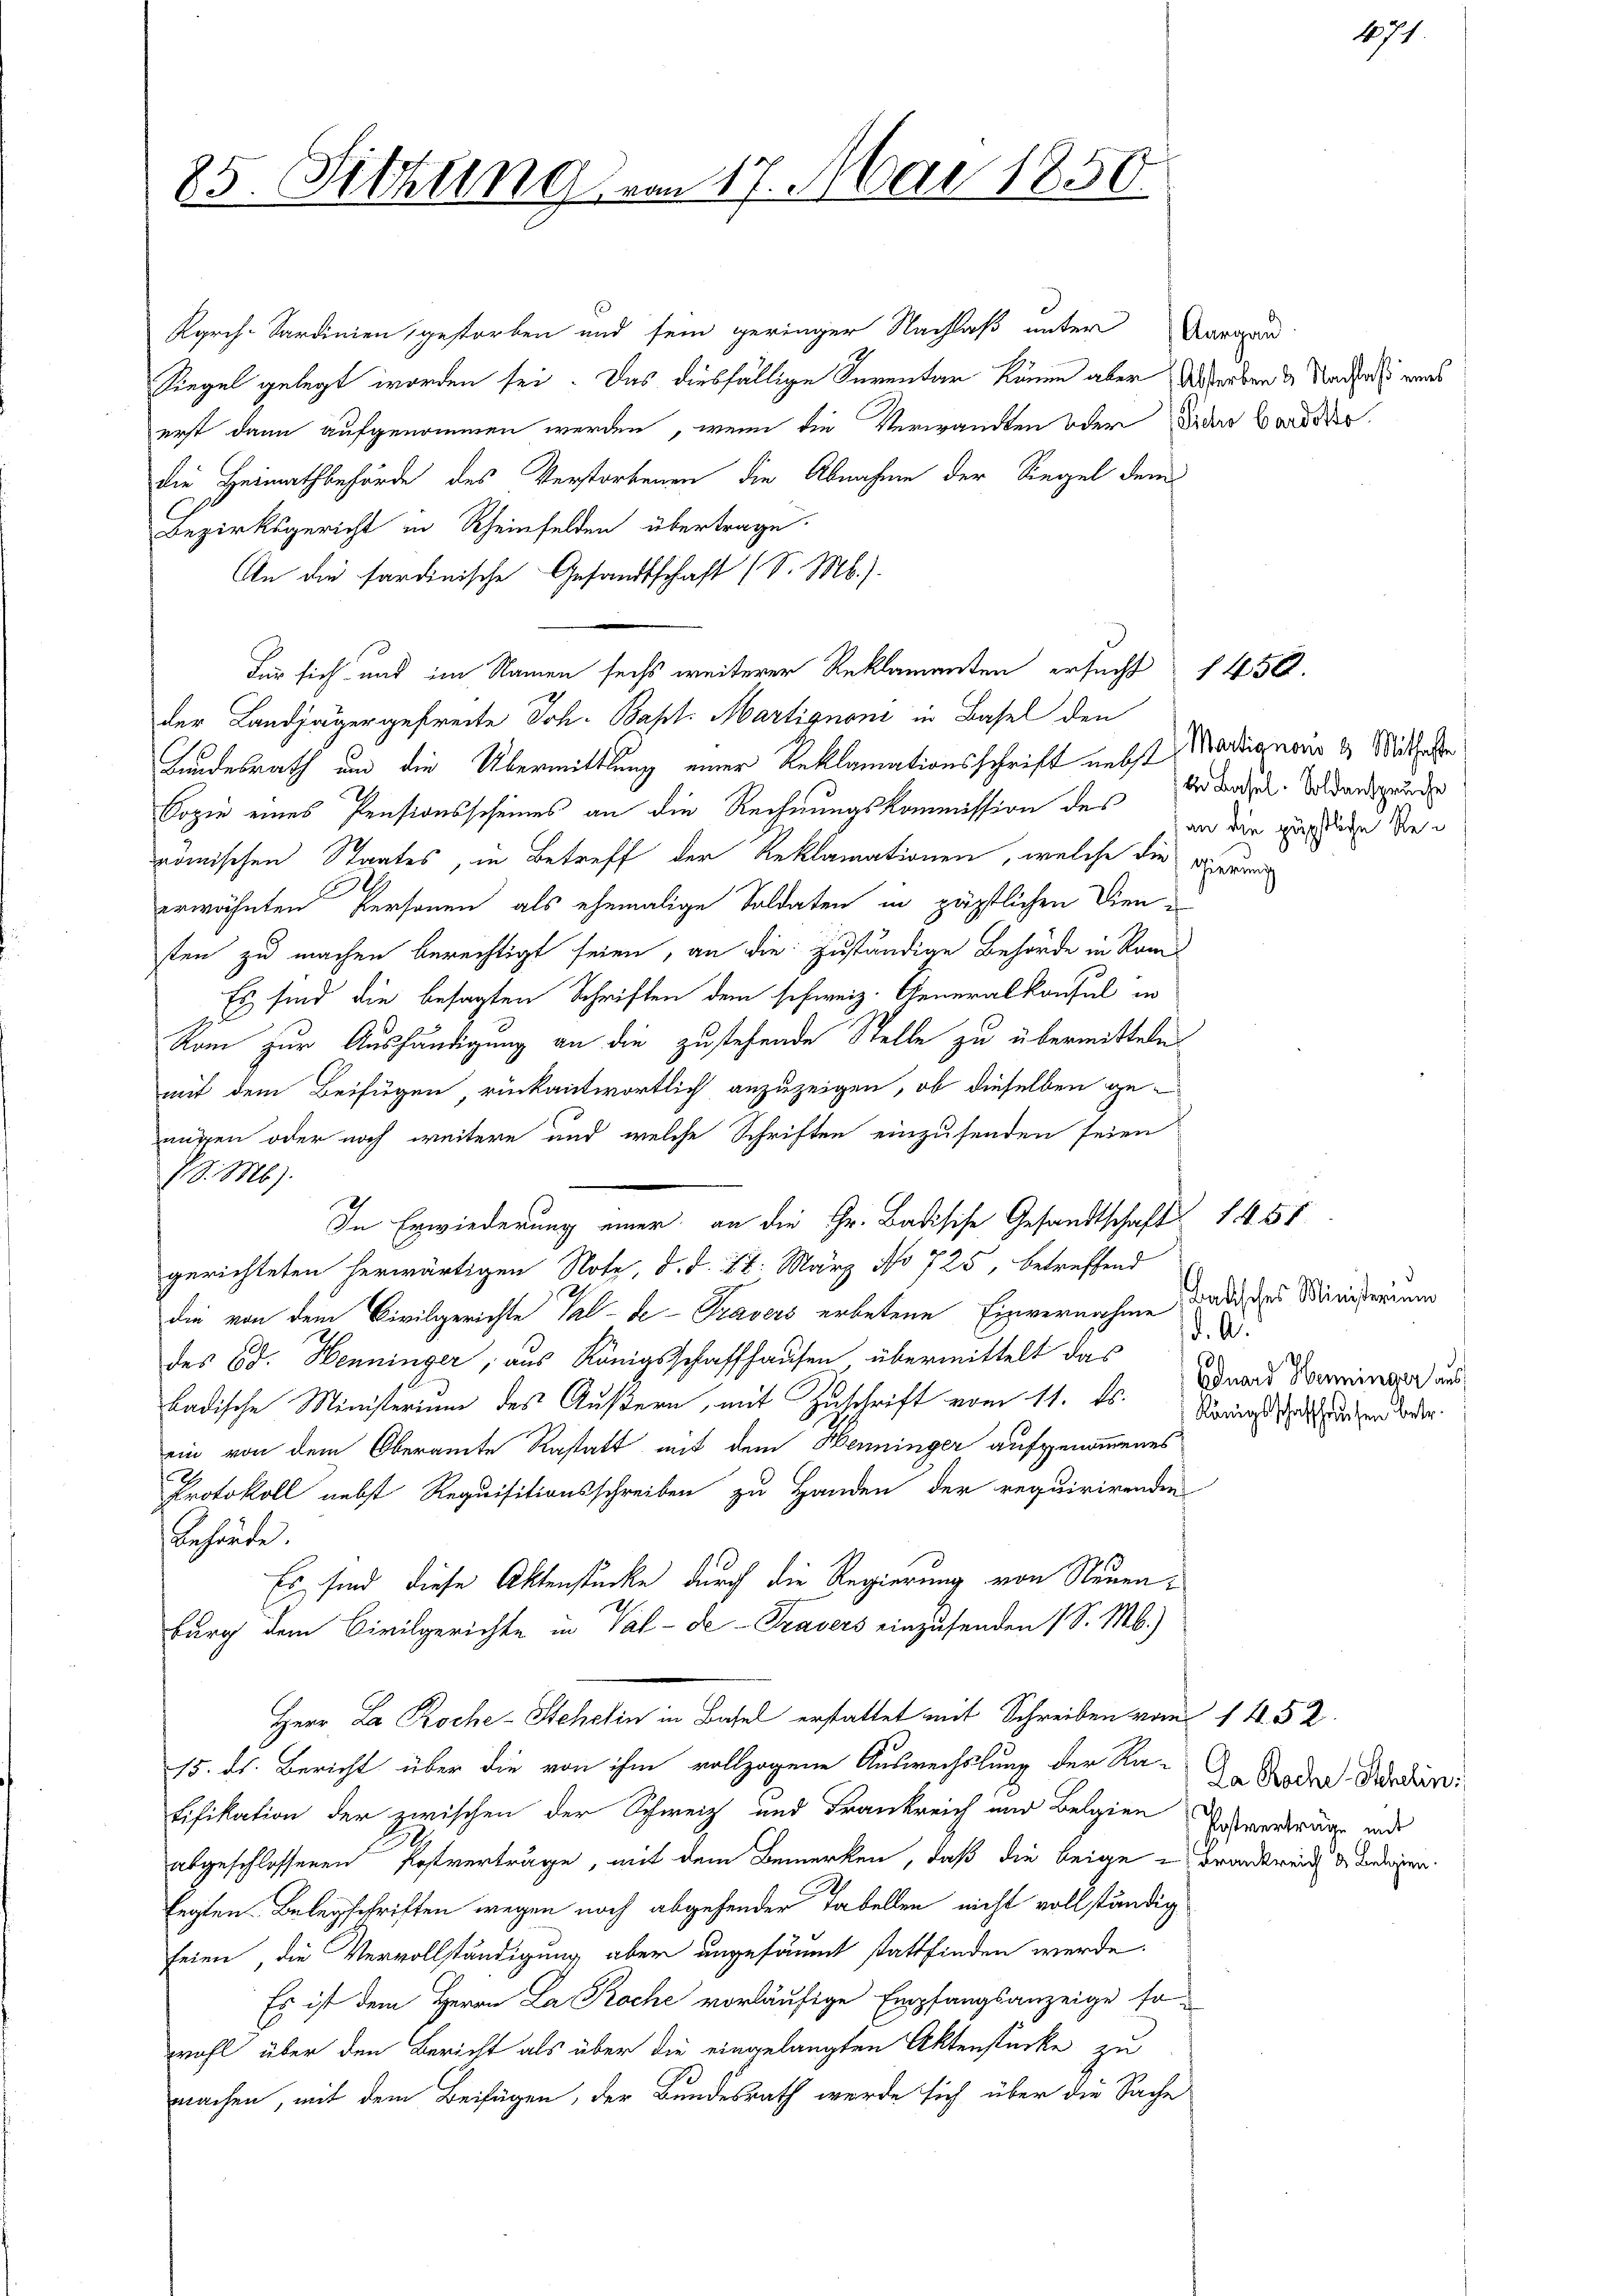
25. Sitzung

V S. Mb).

17. Mai 1850.

Kgrch. Sardinien, gestorben und sein geringer Nachlaß unter Vergan
Siegel gelegt worden sei. Das diesfällige Kurentar kamen aber Werben & Naches wars
erst dann aufgenommen werden, wenn die Verwandten oder der Border
die Heimathbehörde des Verstorbenen die Abnahme der Siegel dem
Bezirksgericht in Rheinfelden übertrage.
An die sardinische Gesandtschaft (S. M.).
Für sich und im Namen sechs weiterer Reklamanten ersucht 1450.
der Landjäger gefreite Joh. Bapt. Martignoni in Basel den
Bundesrath und die Übermittlung einer Reklamationsschrift nebst Marignorie & Mithalte
Copie eines Pensionsscheines an die Rechnungskommission des Andere. Soldansprude
römischen Staates, in Betreff der Reklamationen, welche die Baure
erwähnten Personen als ehemalige Soldaten in päpstlichen Dien
sten zu machen berechtigt seien, an die zuständige Behörde in Rams
Es sind die besagten Schriften dem schweiz. Generalkonsul in
Röm zur Aushändigung an die zustehende Stelle zu übermitteln
mit dem Beifügen, rückantwortlich anzuzeigen, ob dieselben genügen oder noch weitere und welche Schriften einzusenden seien
In Erwiederung einer an die Hr. Badische Gesandtschaft 1 455
gerichteten herwärtigen Note, d. d. 28. März No 725, betreffend
die von dem Civilgerichte Val-de- Travers erbetene Einvernahme
d. A.
des 60. Henninger, aus Königsschaffhausen übermittelt das
badische Ministerium des Äußern, mit Zuschrift vom 11. ds. Königsten oder
ein von dem Oberamte Rastatt mit dem Henninger aufgenommenes
D
Protokoll nebst Requisitionsschreiben zu Handen der requirirenden
Behörde.
Es sind diese Aktenstücke durch die Regierung von Neuenburg dem Civilgerichte in Val-de-Travers einzusenden (S. M.)
Herr La Roche-Stehelin in Basel erstattet mit Schreiben vom 14. 52.
15. ds. Bericht über die von ihm vollzogene Auswechslung der Ra-
Lifikation der zwischen der Schweiz und Frankreich und Belgien Erbverträge und
abgeschlossenen Postverträge, mit dem Bemerken, daß die beige Frankreis de ledigen.
legten Belegschriften wegen noch abgehender Tabellen nicht vollständig
feien, die Vervollständigung aber ungesäumt stattfinden werde.
Es ist dem Herrn La Rache vorläufige Empfangsanzeige sowohl über den Bericht als über die eingelangten Aktenstücke zu
machen, mit dem Beifügen, der Bundesrath werde sich über die Sache

an die päpstliche Re¬

1874

badisches Ministerium
Eduard Henninger aus

Da Roche Schein